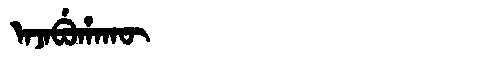
Manchu: ᠠᠵᠠᠪᡠᡥᠠᡴᡡ
Romanization: AJABUHAKŪ